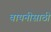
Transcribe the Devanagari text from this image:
वायनीसाठी